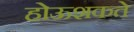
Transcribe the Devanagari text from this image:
होऊशकते